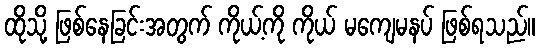
ထိုသို့ ဖြစ်နေခြင်းအတွက် ကိုယ့်ကို ကိုယ် မကျေမနပ် ဖြစ်ရသည်။